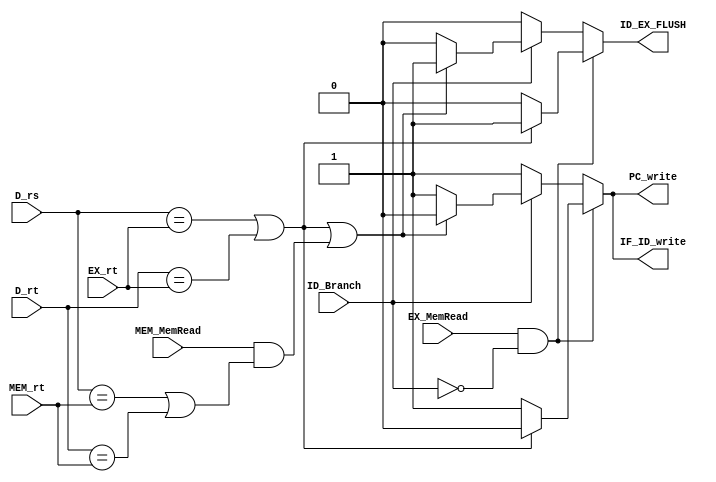
module Hazard_Unit(D_rs,D_rt,EX_rt,EX_MemRead,ID_EX_FLUSH,IF_ID_write,PC_write,ID_Branch,MEM_rt,MEM_MemRead);


input [4:0] D_rs, D_rt ; // this signals is rs and rt for the instruction in ID stage

input [4:0] EX_rt ; input EX_MemRead;// this signals is rt and Memory read control signal for instruction EX stage (first preceding)

input ID_Branch  ; // this a control signal from the id Unit to determin if we have a branch instruction in id stage or not 

input [4:0] MEM_rt ; // this signal is rt for the instruction in Mem stage (second preceding instruction)

input MEM_MemRead ; // this signal is memory read control signal for instruction in Memory stage to determin if is load instruction

output wire ID_EX_FLUSH ,IF_ID_write , PC_write ;// this signals is to implement the stall 
reg reg_ID_EX_FLUSH ,reg_IF_ID_write , reg_PC_write ;






 always@(*)
 begin
 
 // first type of hazard is load-use hazard that occure when we find a depandancy between load instruction and its followed instruction
 
 reg_ID_EX_FLUSH <= 0; // to solve test case 5 bug
 reg_IF_ID_write <= 1; 
 reg_PC_write <= 1; 
				
	if((EX_MemRead == 1'b1) && (ID_Branch == 1'b0))
		begin
			if((D_rs == EX_rt) || (D_rt == EX_rt))
				begin
			
				reg_ID_EX_FLUSH <= 1; //(Reset for ID_EX_REG) to select zeroes for the control mux that control the flow of ID/EX register
				reg_IF_ID_write <= 0; // to disable the the IF/ID register so he can't load new values and keep his old value
				reg_PC_write <= 0; // to disable the the PC so he can't load new values and keep his old value
				
				
				end
	
		end
		
	//second type hazard is Data hazards for branches that occur when we find a depandancy between branch and first preceding or second preceding if is it a load instruction
	
	else 
		begin
			
		if (ID_Branch == 1'b1)
				begin
				
				if  ( ((D_rs == EX_rt) || (D_rt == EX_rt)) || ( (MEM_MemRead == 1'b1) && ( (D_rs == MEM_rt) || (D_rt == MEM_rt) ) ))  				
					begin
			
					reg_ID_EX_FLUSH <= 1; // to select zeroes for the control mux that control the flow of ID/EX register
					reg_IF_ID_write <= 0; // to disable the the IF/ID register so he can't load new values and keep his old value
					reg_PC_write <= 0; // to disable the the PC so he can't load new values and keep his old value
				
				
					end
				
			
				end
		
		
	
		else 
				begin 
					reg_ID_EX_FLUSH <= 0; 
					reg_IF_ID_write <= 1; 
					reg_PC_write <= 1; 
				
	
				end
		end

  end

  // assign output wires
   assign ID_EX_FLUSH = reg_ID_EX_FLUSH;
   assign IF_ID_write = reg_IF_ID_write;
	assign PC_write = reg_PC_write;
	
  
  
  
  endmodule